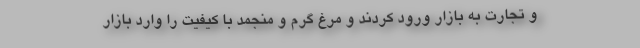
و تجارت به بازار ورود کردند و مرغ گرم و منجمد با کیفیت را وارد بازار